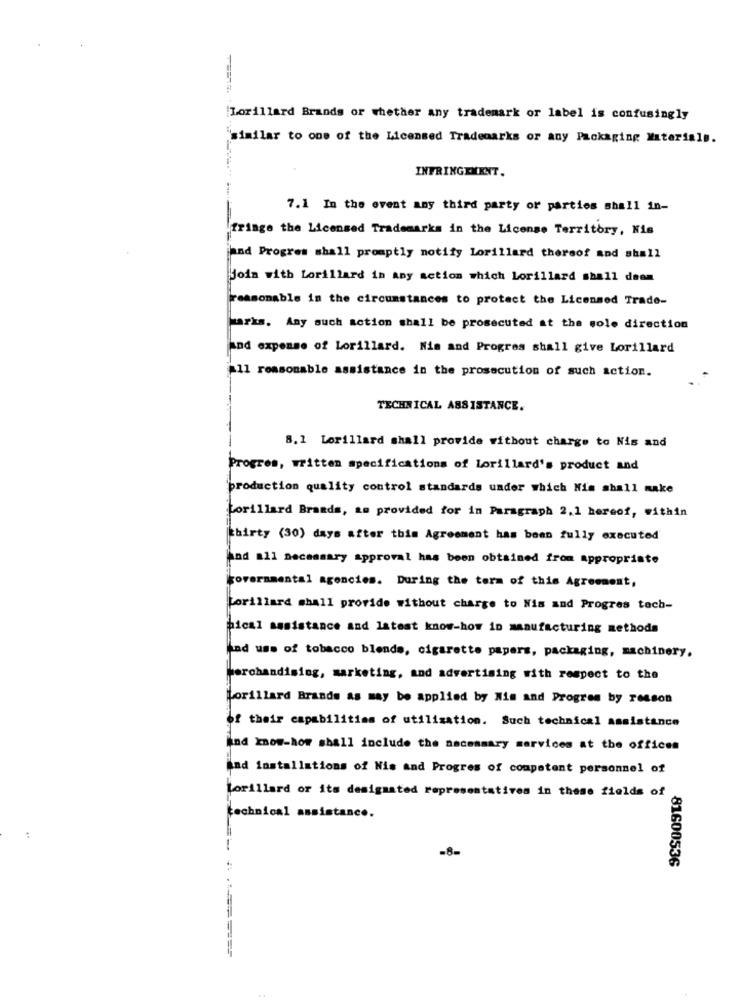
Lorillard Brands or whether any trademark or label is confusingly
similar to one of the Licensed Trademarks or any Packaging Materials.
INFRINGEMENT.
7.1 In the event any third party or parties shall in-
fringe the Licensed Trademarks in the License Territory, Kis
had Progres shall promptly notify Lorillard thereof and shall
Join with Lorillard in any action which Lorillard shall deem
reasonable in the circumstances to protect the Licensed Trade-
parks. Any such action shall be prosecuted at the sole direction
and expense of Lorillard. Nim and Progres shall give Lorillard
all reasonable assistance in the prosecution of such action.
TECHNICAL ASSISTANCE.
8.1 Lorillard shall provide without charge to Nis and
Progres, written specifications of lorillard's product and
'production quality control standards under which Nis shall make
Lorillard Brands, am provided for in Paragraph 2.1 hereof, within
thirty (30) days after this Agreement has been fully executed
And all necessary approval has been obtained from appropriate
governmental agencies. During the term of this Agreement,
forillard shall provide without charge to Nis and Progres tech-
hical assistance and latest know-how in manufacturing methods
And use of tobacco blends, cigarette papers, packaging, machinery.
Merchandising, marketing, and advertising with respect to the
Lorillard Brands as may be applied by Nie and Progres by reason
of their capabilities of utilisation. Such technical assistance
nd know-how shall include the necessary services at the offices
And installations of Nis and Progres of competent personnel of
Lorillard or its designated representatives in these fields of
technical
assistance.
..
-8-
81600536